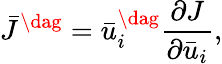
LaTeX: {{\bar{J}}^{\dag}}=\bar{u}_{i}^{\dag}\frac{{\partial J}}{{\partial{{\bar{u}}_{i}}}},